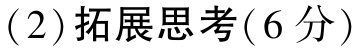
(2) 拓展思考(6分)